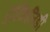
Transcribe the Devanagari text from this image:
ट्रोकिलिडी